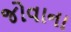
જોવાના